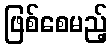
ဖြစ်စေမည့်